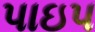
પાઇપ